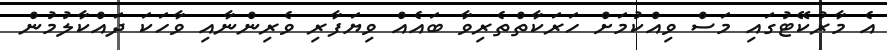
އެ މާރުކޭޓުގައި މަސް ވިއްކުމަށް ހަރަކާތްތެރިވާ ބައެއް ވިޔަފާރި ވެރިންނާއި ވާހަކަ ދައްކާލުމުން